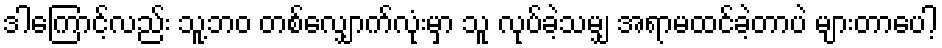
ဒါကြောင့်လည်း သူ့ဘဝ တစ်လျှောက်လုံးမှာ သူ လုပ်ခဲ့သမျှ အရာမထင်ခဲ့တာပဲ များတာပေါ့